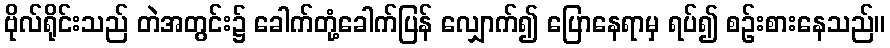
ဗိုလ်ရိုင်းသည် တဲအတွင်း၌ ခေါက်တုံ့ခေါက်ပြန် လျှောက်၍ ပြောနေရာမှ ရပ်၍ စဉ်းစားနေသည်။